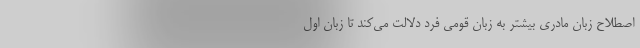
اصطلاح زبان مادری بیشتر به زبان قومی فرد دلالت می‌کند تا زبان اول